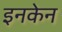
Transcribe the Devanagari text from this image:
इनकेन